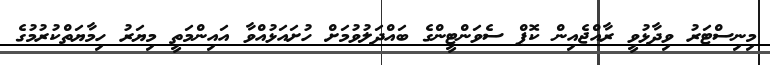
މިނިސްްޓަރު ވިދާޅުވީ ރާއްޖެއިން ކޮޕް ސެވަންޓީންގެ ބައްދަލުވުމަށް ހުށައަޅުއްވާ އައިންމަތީ މިޔަރު ހިމާޔަތްކުރުމުގެ